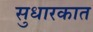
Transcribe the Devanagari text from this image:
सुधारकात